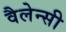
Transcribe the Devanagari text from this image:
वैलेन्सी